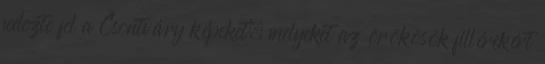
fedezte fel a Csontváry képeket, melyeket az örökösök fillérekért